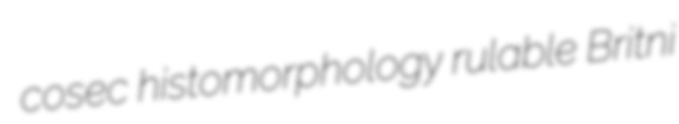
cosec histomorphology rulable Britni